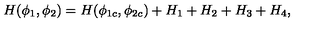
H ( \phi _ { 1 } , \phi _ { 2 } ) = H ( \phi _ { 1 c } , \phi _ { 2 c } ) + H _ { 1 } + H _ { 2 } + H _ { 3 } + H _ { 4 } ,